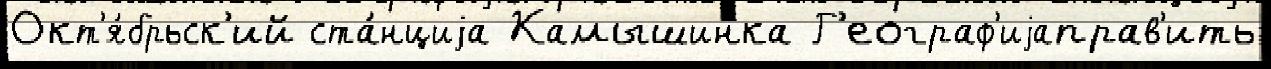
Окт'я́брьск'ий ста́нциjа Камышинка Г'еограф'иjаправ'ить